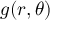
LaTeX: g ( r , \theta )